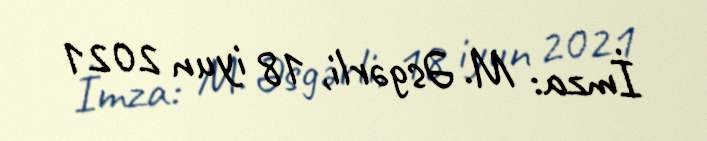
İmza: M. Əsgərli, 18 iyun 2021